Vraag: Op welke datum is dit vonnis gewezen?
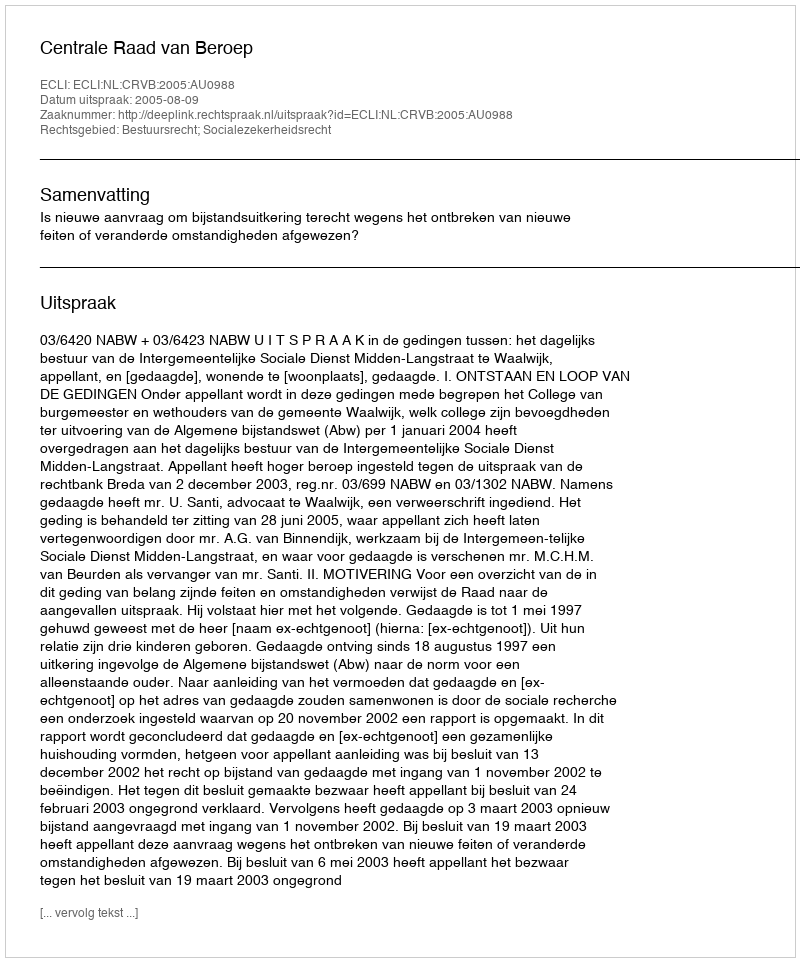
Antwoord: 2005-08-09